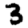
Digit: 3